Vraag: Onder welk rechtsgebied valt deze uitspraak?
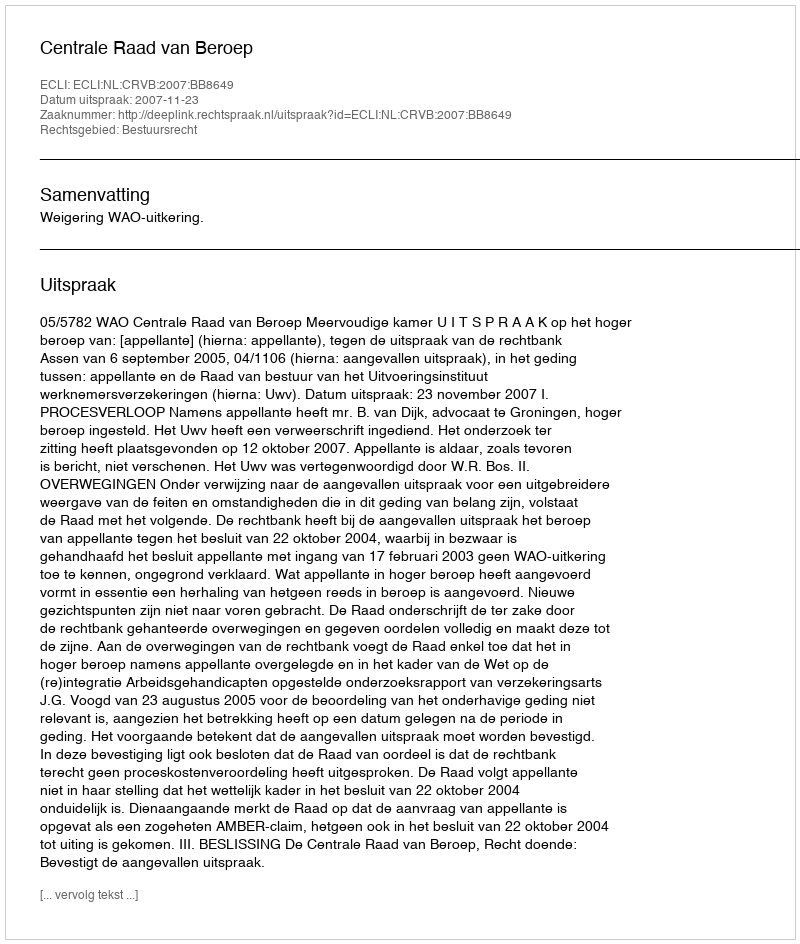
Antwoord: Bestuursrecht